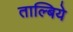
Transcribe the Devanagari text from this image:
ताल्बिये